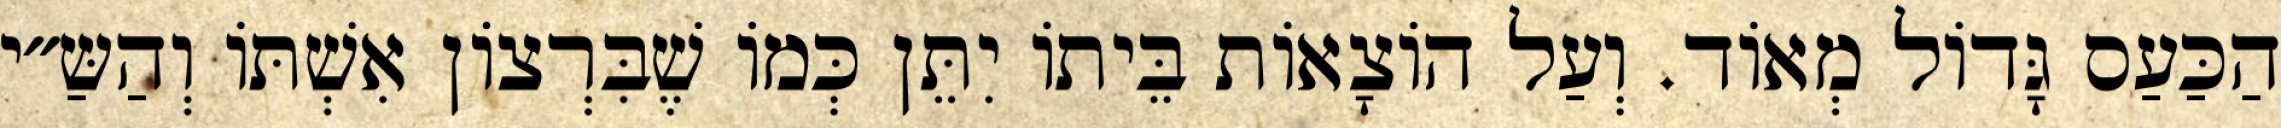
הַכַּעַס גָּדוֹל מְאוֹד. וְעַל הוֹצָאוֹת בֵּיתוֹ יִתֵּן כְּמוֹ שֶׁבִּרְצוֹן אִשְׁתּוֹ וְהַשַּ״י